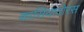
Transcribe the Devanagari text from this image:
कासियादोरस